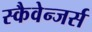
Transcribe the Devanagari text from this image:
स्कैवेन्जर्स